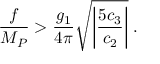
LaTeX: \frac { f } { M _ { P } } > \frac { g _ { 1 } } { 4 \pi } \sqrt { \left| \frac { 5 c _ { 3 } } { c _ { 2 } } \right| } \; .